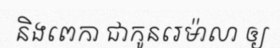
និងពេកា ជាកូនរេម៉ាលា ឲ្យ